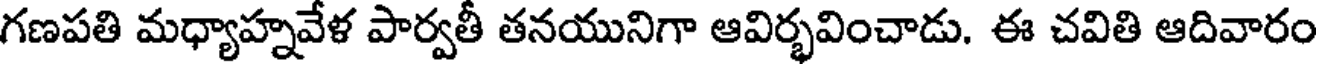
గణపతి మధ్యాహ్నవేళ పార్వతీ తనయునిగా ఆవిర్భవించాడు. ఈ చవితి ఆదివారం